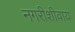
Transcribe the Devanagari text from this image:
नगरीशीवाय